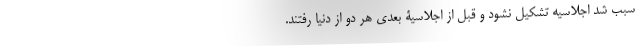
سبب شد اجلاسیه تشکیل نشود و قبل از اجلاسیۀ بعدی هر دو از دنیا رفتند.